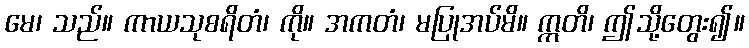
မေ၊ သည်။ ကာယသုစရိတံ၊ ကို။ အကတံ၊ မပြုအပ်မိ။ ဣတိ၊ ဤသို့တွေး၍။